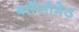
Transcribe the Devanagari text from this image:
बर्तेलोमेउ